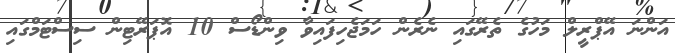
އަންނަ އޭޕްރީލް މަހުގެ ތެރޭގައި ނެރެން ހަމަޖެހިފައިވާ ވިންޑޯސް 10 އޮޕަރޭޓިން ސިސްޓަމްގައި